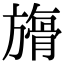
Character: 𣄘